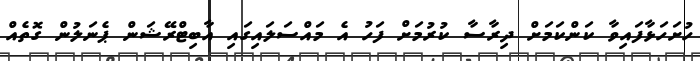
ހުށަހަޅާފައިވާ ކަންކަމަށް ދިރާސާ ކުރުމަށް ފަހު އެ މައްސަލައިގައި އާބިޓްރޭޝަން ޕެނަލުން ގޮތެއް